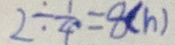
2 \div \frac { 1 } { 4 } \cdot = 8 ( h )